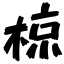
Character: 椋